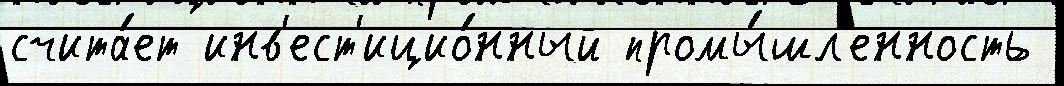
счита́ет инв'ест'ицио́нный промы́шл'енность